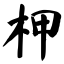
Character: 柙